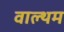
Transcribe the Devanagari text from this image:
वाल्थम